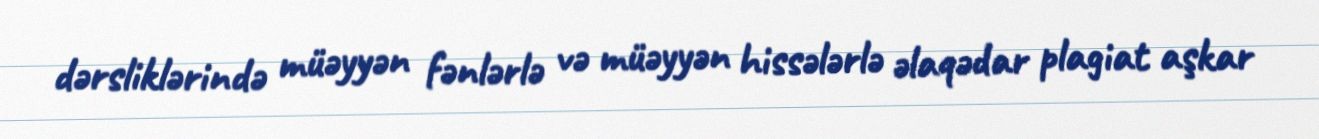
dərsliklərində müəyyən fənlərlə və müəyyən hissələrlə əlaqədar plagiat aşkar